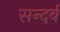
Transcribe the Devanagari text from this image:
सन्दर्ब